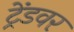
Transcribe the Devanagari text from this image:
ट्रेंडवर